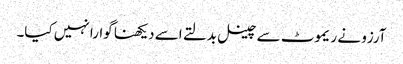
آرزو نے ریموٹ سے چینل بدلتے اسے دیکھنا گوارا نہیں کیا۔